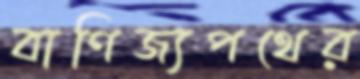
বাণিজ্যপথের